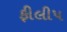
ફીલીપ